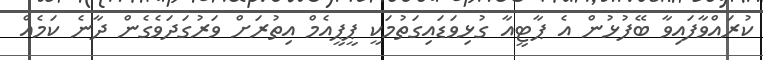
ކުރައްވާފައިވާ ބޭފުޅުން އެ ޕާޓީއާ ގުޅިވަޑައިގަތުމަކީ ޕީޕީއެމް އިތުރަށް ވަރުގަދަވެގެން ދާނެ ކަމެއް